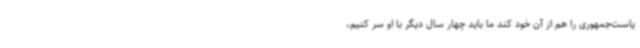
یاست‌جمهوری را هم از آن خود کند ما باید چهار سال دیگر با او سر کنیم،